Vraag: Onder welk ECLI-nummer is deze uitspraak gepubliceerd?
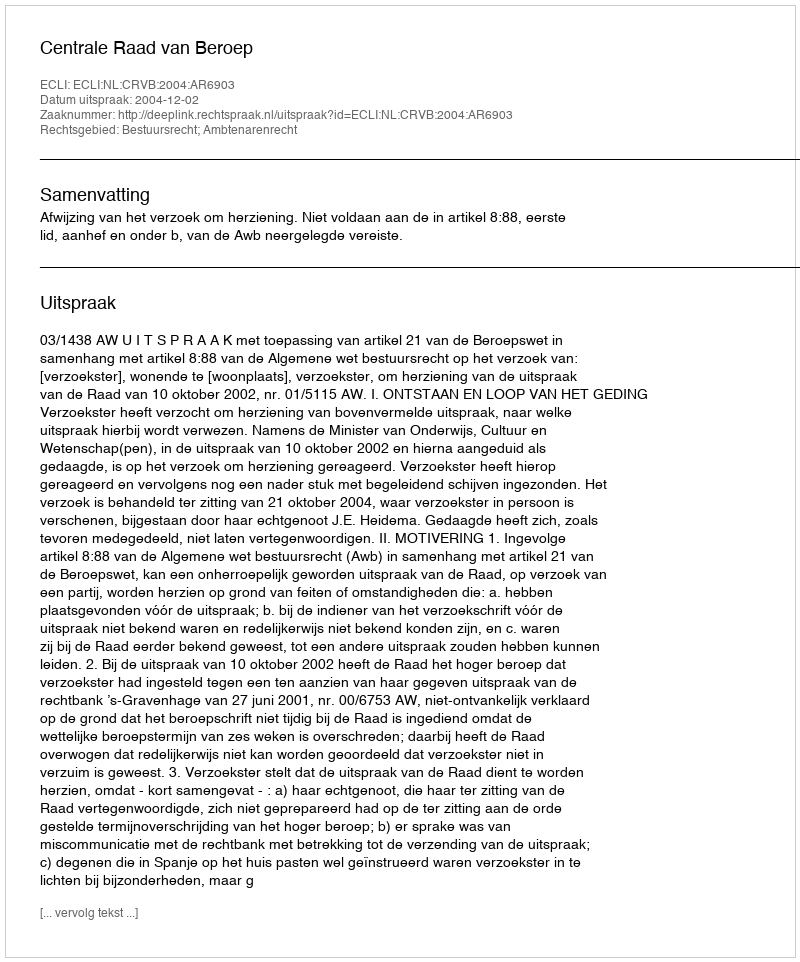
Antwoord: ECLI:NL:CRVB:2004:AR6903